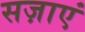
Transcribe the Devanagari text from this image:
सज़ाएं